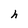
Character: h